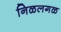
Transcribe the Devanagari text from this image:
निळलगळ